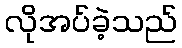
လိုအပ်ခဲ့သည်